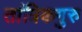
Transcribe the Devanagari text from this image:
तांत्रिकगुरु